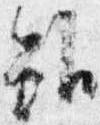
雖